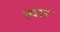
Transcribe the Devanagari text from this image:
त्यार